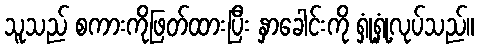
သူသည် စကားကိုဖြတ်ထားပြီး နှာခေါင်းကို ရှုံ့ရှုံ့လုပ်သည်။